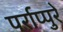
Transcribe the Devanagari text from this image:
पर्राप्पुरे